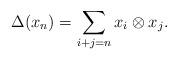
LaTeX: \begin{align*}\Delta(x_n) = \sum_{i+j=n} x_i\otimes x_j.\end{align*}